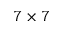
7 \times 7